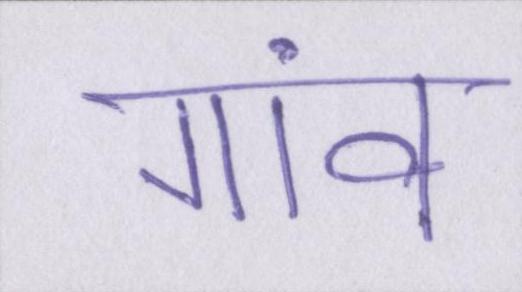
गांव